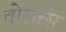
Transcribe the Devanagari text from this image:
वोल्क्स